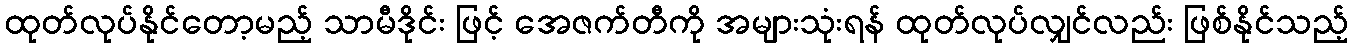
ထုတ်လုပ်နိုင်တော့မည့် သာမီဒိုင်း ဖြင့် အေဇက်တီကို အများသုံးရန် ထုတ်လုပ်လျှင်လည်း ဖြစ်နိုင်သည့်